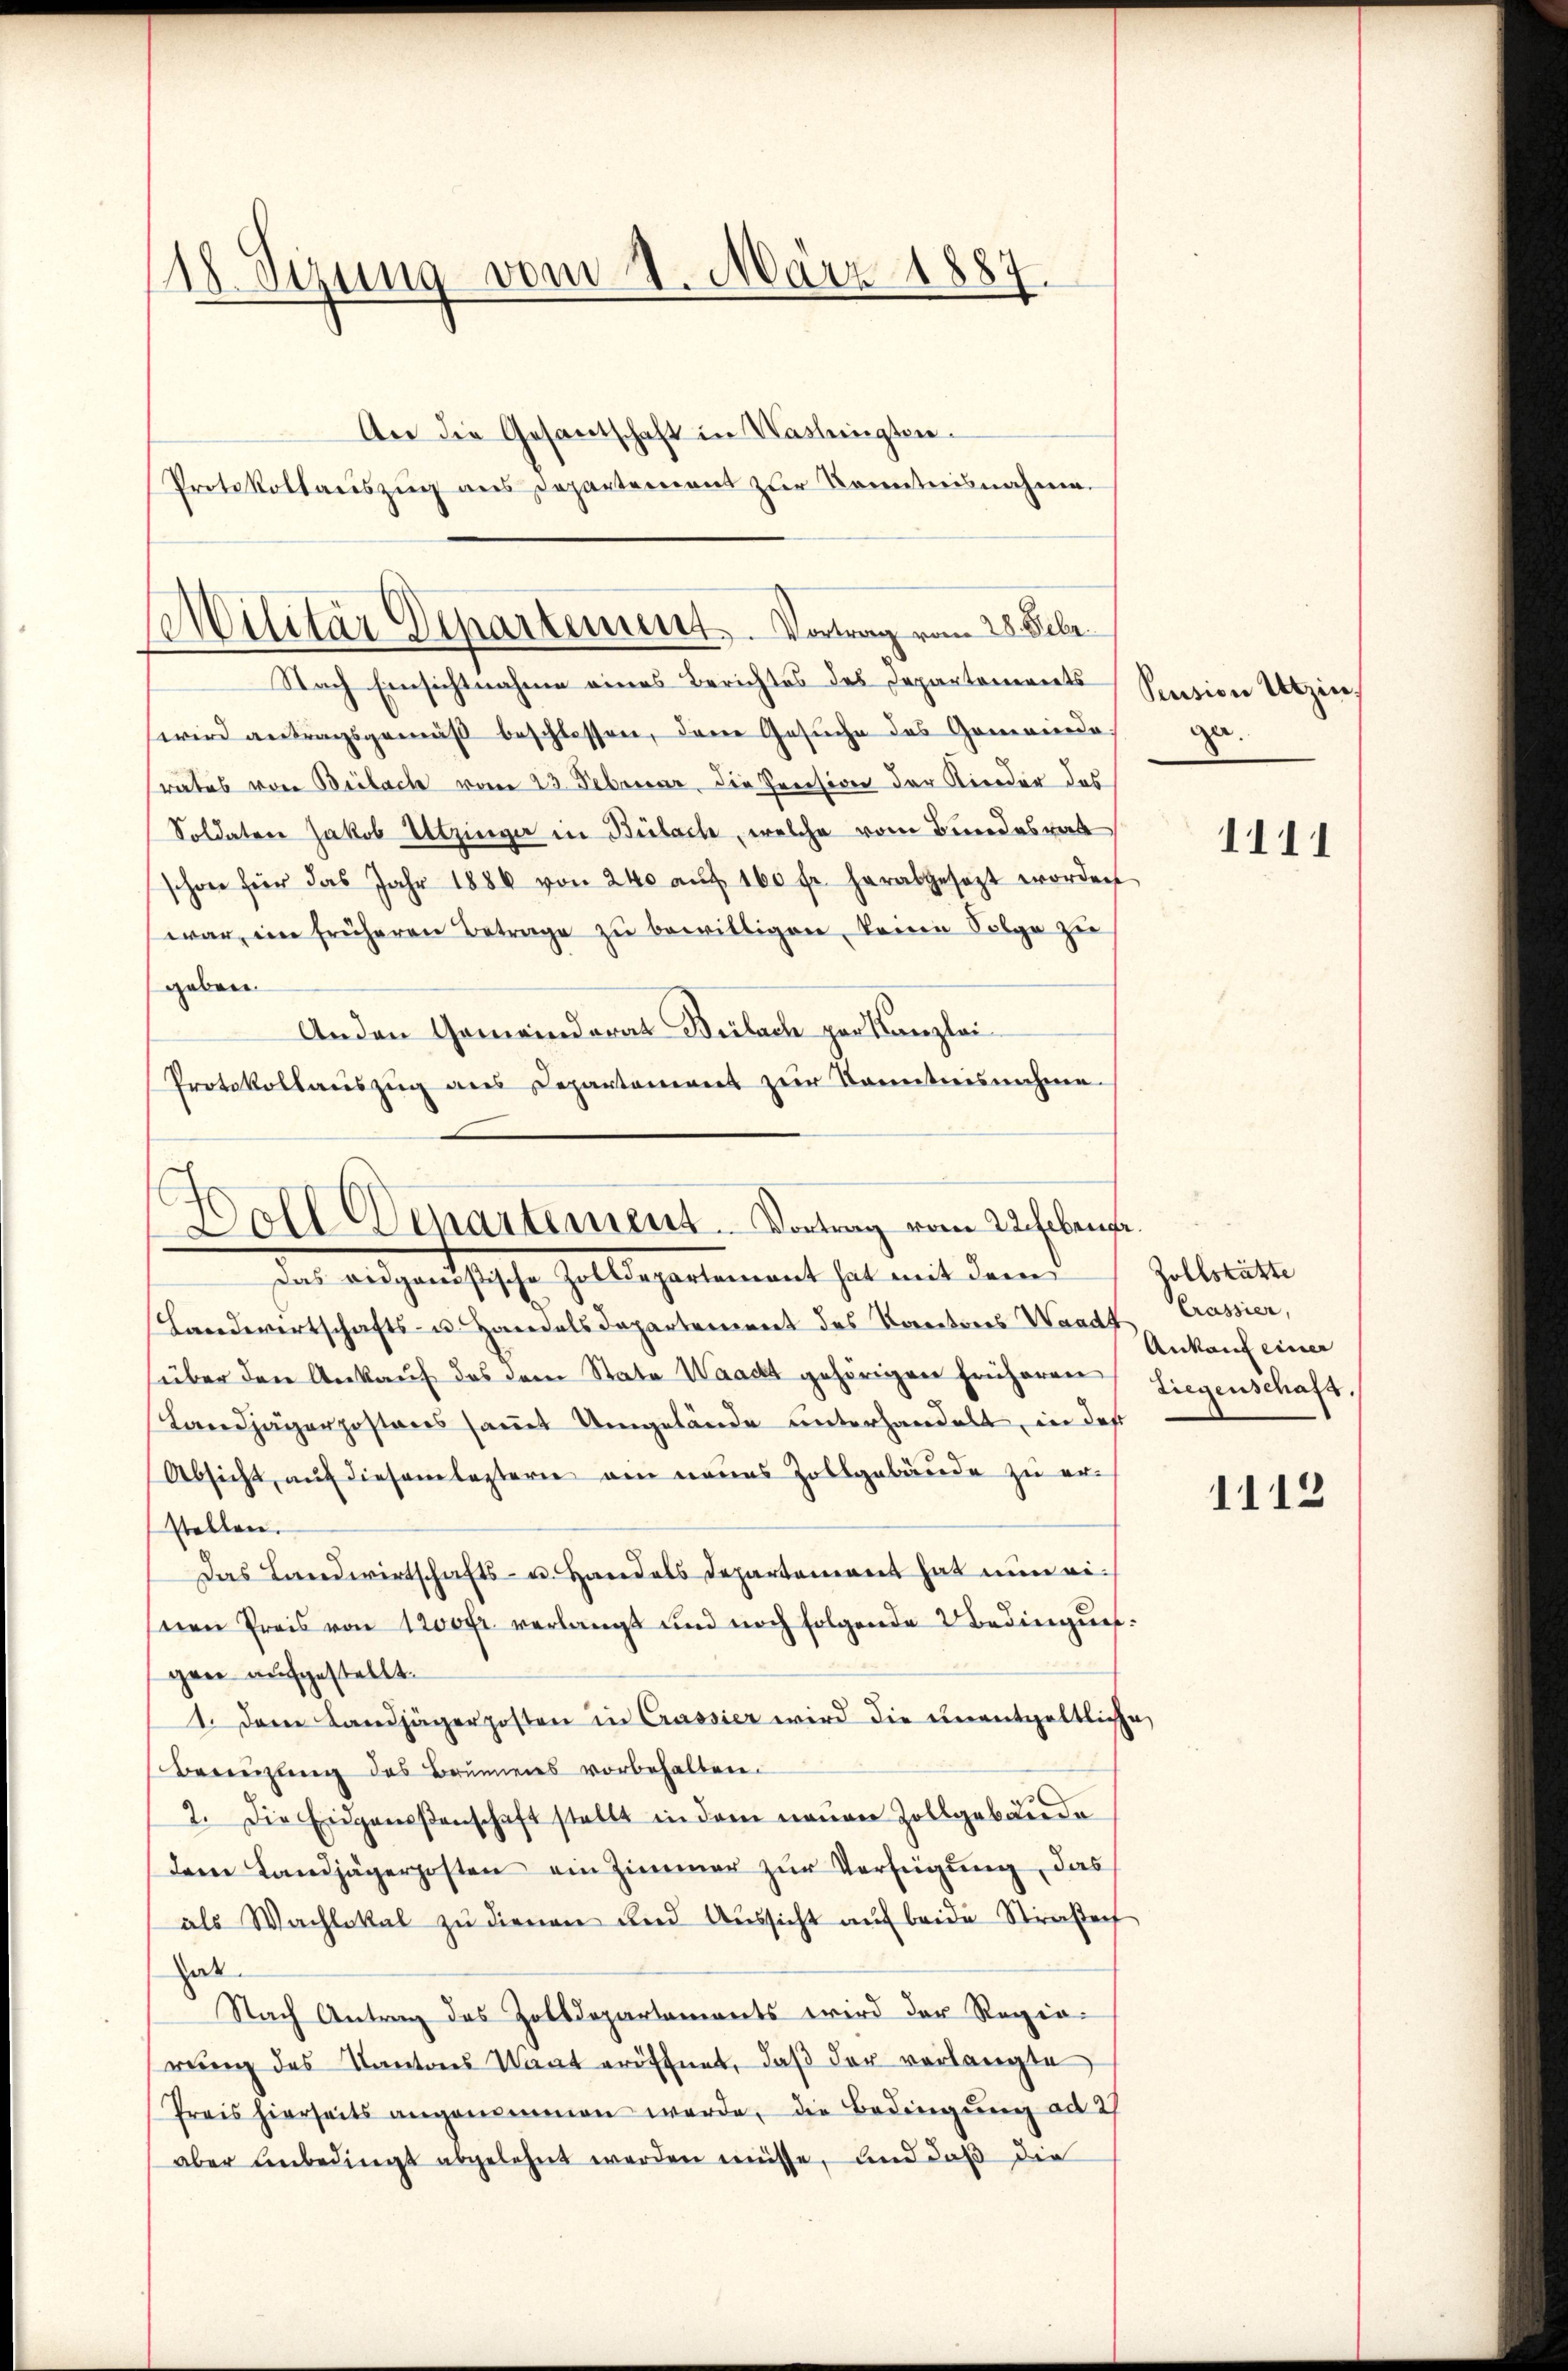
18 Sezung vom 1. März 1887
d
An die Gesantschaft in Washingten.
Protokollaŭszŭg ans Departement zur Kenntnisnahme.

Militär Departement. Vortrag vom 28. Febr.
Nach Einsichtnahme eines Berichtes des Departenereits

wird antragsgemäß beschlossen, dene Gesuche des Gemeinde-
srates von Brilach vom 23. Februar, die Preision der Kinder das
Soldaten Jakob Utzinger in Bülach, welche vom Bundesrat
schon für das Jahr 1886 von 240 aŭf 160 fr. herabgesezt worden
war, ein früheren Betrage zu bewilligen, keine Folge zu
geben.
Anden Gemeinderat Bülach per Kanzlei
Protokollauszug aus Departement zur Kenntnisnahme.

.
Doll Departement. Vortrag vom 22. Februar.
der ausgenössischen Zolldepartement hat mit dem Politirte

Pension Utzin.
za.

Landwirtschafts- u. Handels Departement des Kantones Waadt Crassier,
über den Ankauf das dem Stato Waackt gehörigen früheren
Landjägerpostens saṁt Umgelände unterhandelt, in das
Absicht, auf diesem leztern am neues Zollgebäude zu erstellen.
Das Landwirtschafts- u. Handels Departement hat nun eisnen Preis von 1200fr. verlangt und noch folgende Bedingungen aufgestellt.
1. Der Landjägerposten in Crassier wird die unentgeltliche
Bereuzung des Brunnens vorbehalten.
2. Die Eidgenoßenschaft stellt in dem neuen Zollgebäude
dem Landjägerposten ein Zimmer zur Verfügung, das
als Wachlokal zŭ dienen und Aŭssicht aŭf beide Strafe
hat
Nach Antrag des Zolldepartaments wird der Regierung des Kantons Staat eröffnet, daß der verlangte
Preis hierseits angenommen werde, die Bedingung ad 27
aber unbedingt abgelehnt werden müsse, und daß die

1111

Ankauf einer
Liegenschaft.

1112